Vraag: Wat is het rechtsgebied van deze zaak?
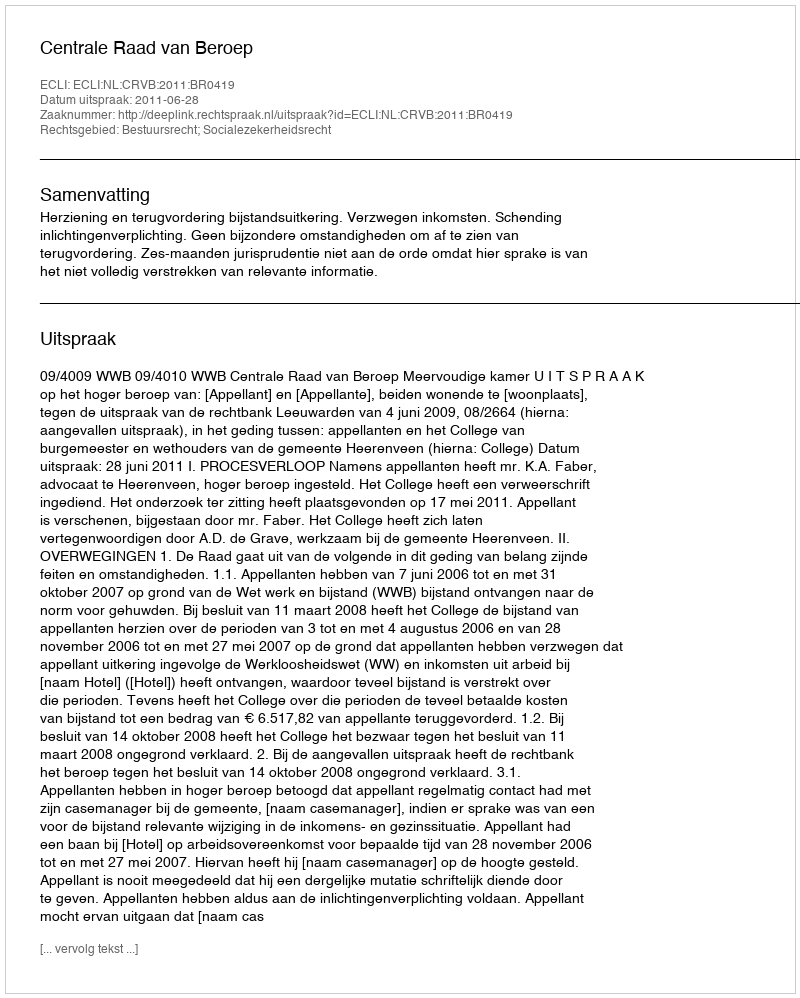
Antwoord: Bestuursrecht; Socialezekerheidsrecht